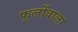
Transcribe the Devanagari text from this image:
फूलोंवाला